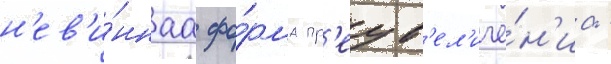
н'ев'и́ннаа фо́рма пр'еув'ел'иче́н'иа -